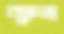
জ্বালা